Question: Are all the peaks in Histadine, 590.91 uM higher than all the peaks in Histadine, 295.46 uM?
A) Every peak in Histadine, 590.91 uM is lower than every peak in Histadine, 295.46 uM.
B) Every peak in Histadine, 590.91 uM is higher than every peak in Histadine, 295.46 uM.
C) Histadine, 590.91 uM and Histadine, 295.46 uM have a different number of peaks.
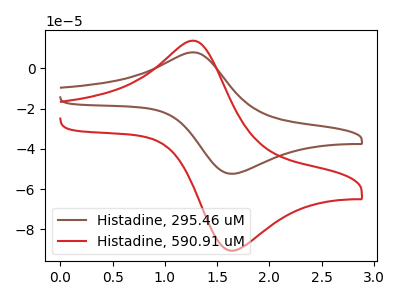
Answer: <think>The brown curve "Histadine, 295.46 uM" has an anodic peak at (1.25V, 7.95uA) and a cathodic peak at (1.65V, -52.45uA). The red curve "Histadine, 590.91 uM" has an anodic peak at (1.25V, 13.70uA) and a cathodic peak at (1.65V, -90.65uA).</think>
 <answer>B) Every peak in "Histadine, 590.91 uM" is higher than every peak in "Histadine, 295.46 uM".</answer>
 <eval>B</eval>